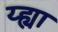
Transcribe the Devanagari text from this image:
य्ह्या